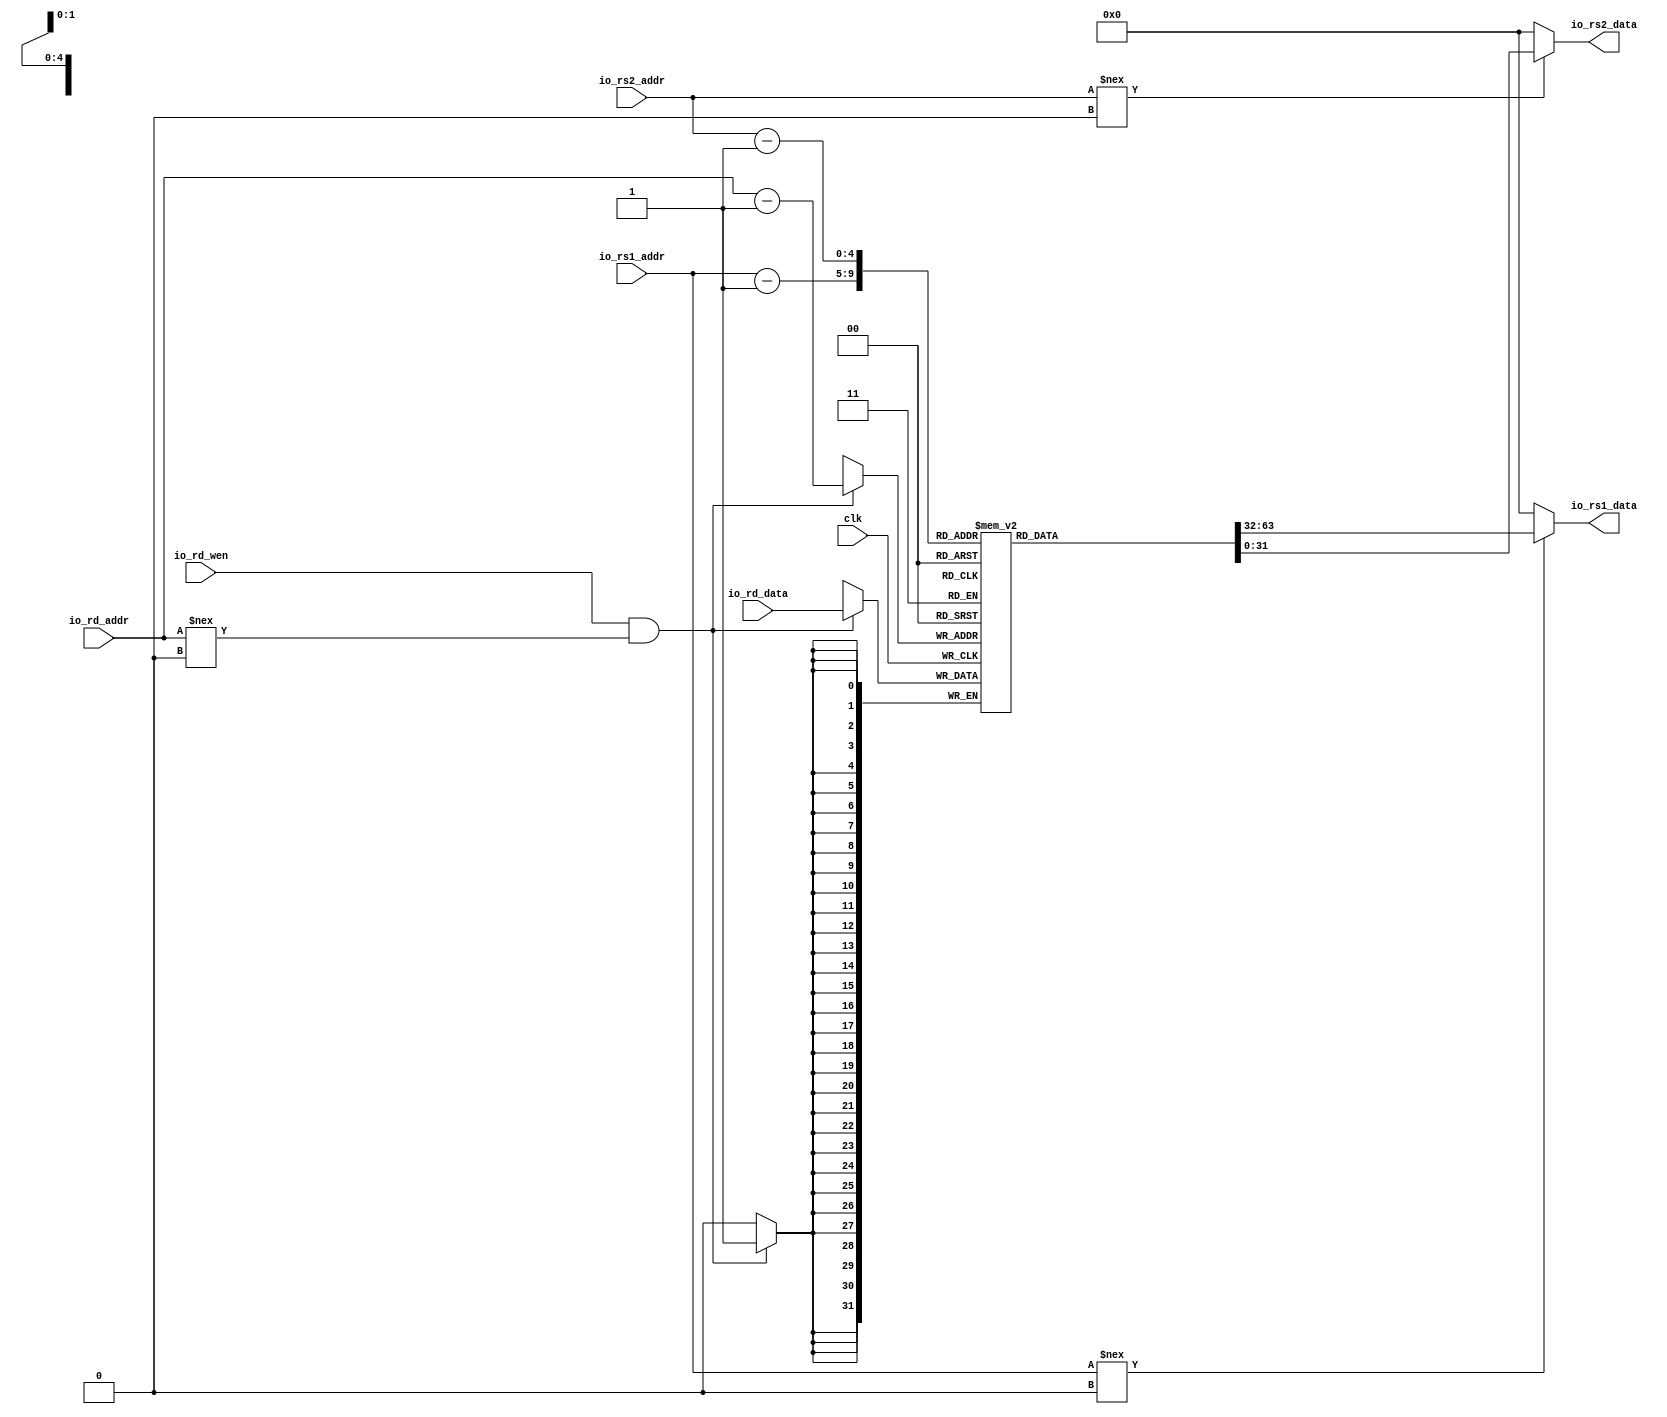

module RegFile (
  input         clk,
  input  [4:0]  io_rd_addr,
  input         io_rd_wen,
  input  [31:0] io_rd_data,
  
  input  [4:0]  io_rs1_addr,
  output [31:0] io_rs1_data,
  input  [4:0]  io_rs2_addr,
  output [31:0] io_rs2_data
);

  (* ram_style = "distributed" *) reg [31:0] mem[31-1:0];
  
  always @(posedge clk) begin
    if (io_rd_wen && (io_rd_addr !== 'h0)) begin
      mem[io_rd_addr-1] <= io_rd_data;
    end
  end

  assign io_rs1_data = io_rs1_addr !== 'h0 ? mem[io_rs1_addr-1] : 'h0;
  assign io_rs2_data = io_rs2_addr !== 'h0 ? mem[io_rs2_addr-1] : 'h0;

endmodule